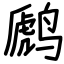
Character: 䴘